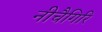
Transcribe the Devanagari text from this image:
नीचैगिरि